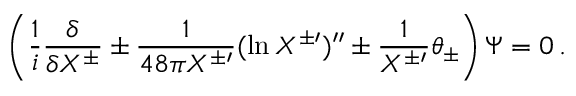
\left( \frac { 1 } { i } \frac { \delta } { \delta X ^ { \pm } } \pm \frac { 1 } { 4 8 \pi X ^ { \pm \prime } } ( \ln X ^ { \pm \prime } ) ^ { \prime \prime } \pm \frac { 1 } { X ^ { \pm \prime } } \theta _ { \pm } \right) \Psi = 0 \, .